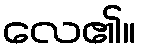
လေ၏။